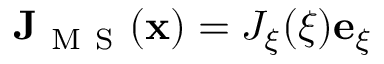
\mathbf { J } _ { \mathrm { ~ M ~ S ~ } } ( \mathbf { x } ) = J _ { \xi } ( \boldsymbol { \xi } ) \mathbf { e } _ { \xi }